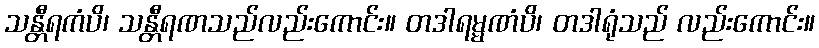
သန္တီရကံပိ၊ သန္တီရဏသည်လည်းကောင်း။ တဒါရမ္မဏံပိ၊ တဒါရုံသည် လည်းကောင်း။